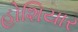
હોશિયાર